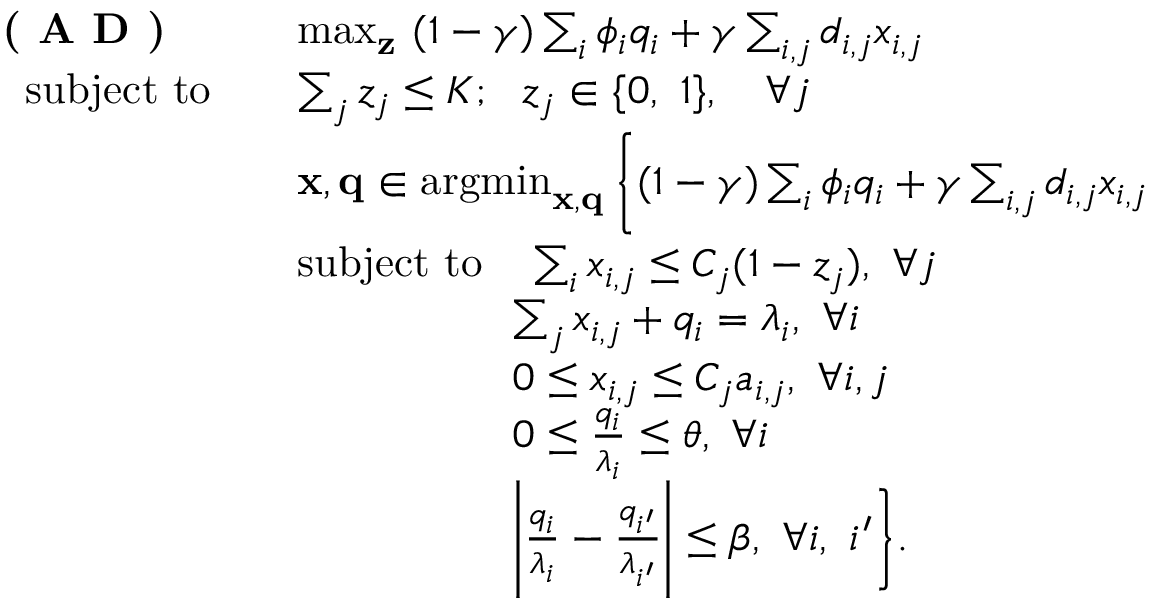
\begin{array} { r l } { \textbf { ( A D ) } ~ ~ ~ ~ ~ } & { \operatorname* { m a x } _ { { \mathbf { z } } } ~ ( 1 - \gamma ) \sum _ { i } \phi _ { i } q _ { i } + \gamma \sum _ { i , j } d _ { i , j } x _ { i , j } } \\ { \mathrm { s u b j e c t ~ t o } ~ ~ ~ } & { \sum _ { j } z _ { j } \leq K ; ~ ~ z _ { j } \in \{ 0 , ~ 1 \} , \quad \forall j } \\ & { { \mathbf { x } } , { \mathbf { q } } \in \operatornamewithlimits { a r g m i n } _ { { \mathbf { x } } , { \mathbf { q } } } \Bigg \{ ( 1 - \gamma ) \sum _ { i } \phi _ { i } q _ { i } + \gamma \sum _ { i , j } d _ { i , j } x _ { i , j } } \\ & { \mathrm { s u b j e c t ~ t o } ~ ~ ~ \sum _ { i } x _ { i , j } \leq C _ { j } ( 1 - z _ { j } ) , ~ \forall j } \\ & { \qquad \qquad \quad \sum _ { j } x _ { i , j } + q _ { i } = \lambda _ { i } , ~ \forall i } \\ & { \qquad \qquad \quad 0 \leq x _ { i , j } \leq C _ { j } a _ { i , j } , ~ \forall i , j } \\ & { \qquad \qquad \quad 0 \leq \frac { q _ { i } } { \lambda _ { i } } \leq \theta , ~ \forall i } \\ & { \qquad \qquad \quad \Bigg | \frac { q _ { i } } { \lambda _ { i } } - \frac { q _ { i ^ { \prime } } } { \lambda _ { i ^ { \prime } } } \Bigg | \leq \beta , ~ \forall i , ~ i ^ { \prime } \Bigg \} . } \end{array}